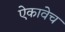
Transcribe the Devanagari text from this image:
ऐकावेच